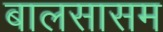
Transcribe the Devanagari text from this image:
बालसासम